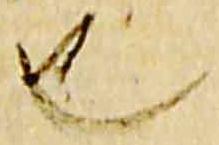
也